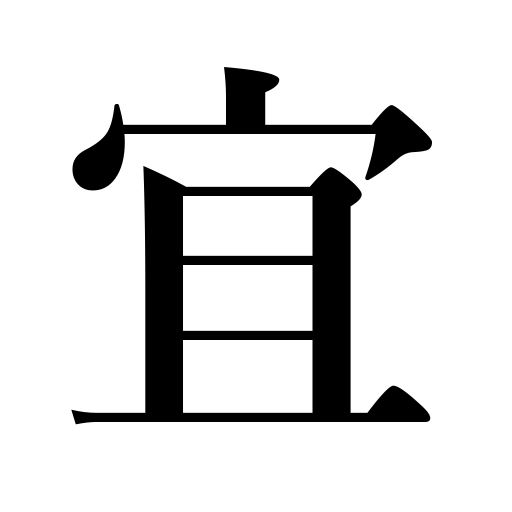
Meanings: well,beautiful,justifiable,desirous,satisfactory,appropriate,lucky,better,all right,right,unnecessary,fine,pleasing,efficacious,easy,noble,precious,friendly,no objection,lovely,good-natured,good,intimate,suitable